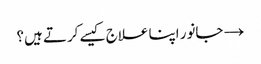
→ جانور اپنا علاج کیسے کرتے ہیں؟